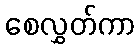
စေလွှတ်ကာ